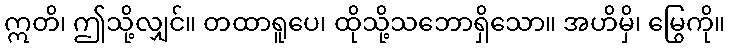
ဣတိ၊ ဤသို့လျှင်။ တထာရူပေ၊ ထိုသို့သဘောရှိသော။ အဟိမှိ၊ မြွေကို။